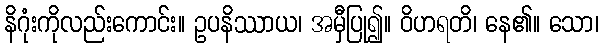
နိဂုံးကိုလည်းကောင်း။ ဥပနိဿာယ၊ အမှီပြု၍။ ဝိဟရတိ၊ နေ၏။ သော၊